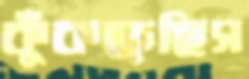
কুঁকড়েছিস